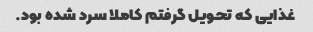
غذایی که تحویل گرفتم کاملا سرد شده بود.